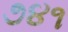
૭૪૧